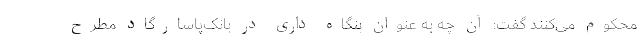
محکوم می‌کنند گفت: آن چه به عنوان بنگاه داری در بانک‌پاسارگاد مطرح